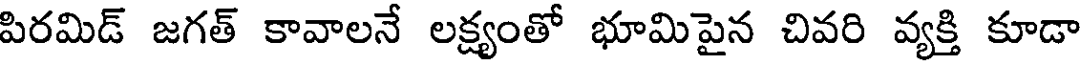
పిరమిడ్ జగత్ కావాలనే లక్ష్యంతో భూమిపైన చివరి వ్యక్తి కూడా